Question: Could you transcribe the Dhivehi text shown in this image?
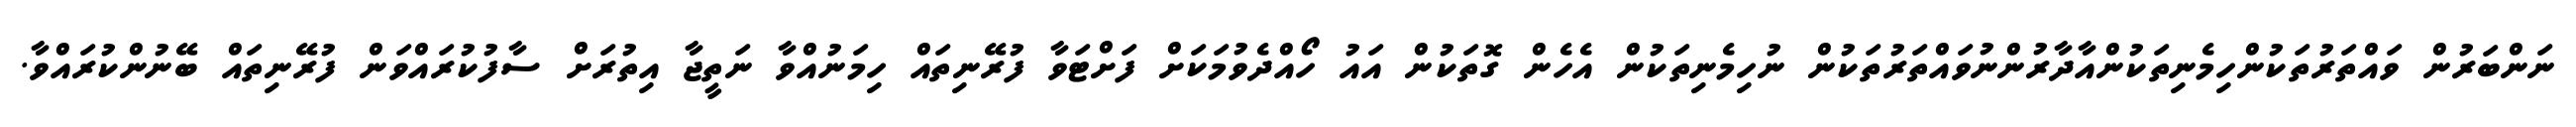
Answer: ނަންބަރުން ވައްތަރުތަކުންހިމެނިތަކުންއާދާރުންނުވައްތަރުތަކުން ނުހިމެނިތަކުން އެހެން ގޮތަކުން އައު ހޯއްދެވުމަކަށް ފަށްޓަވާ ފުރޭނިތައް ހިމަނުއްވާ ނަތީޖާ އިތުރަށް ސާފުކުރައްވަން ފުރޭނިތައް ބޭނުންކުރައްވާ.